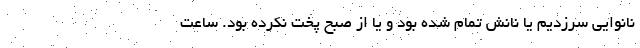
نانوایی سرزدیم یا نانش تمام شده بود و یا از صبح پخت نکرده بود. ساعت